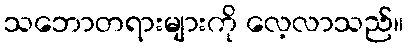
သဘောတရားများကို လေ့လာသည်။